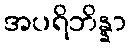
အပရိဘိန္နာ